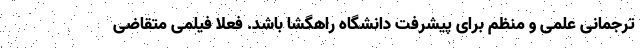
ترجمانی علمی و منظم برای پیشرفت دانشگاه راهگشا باشد. فعلا فیلمی متقاضی